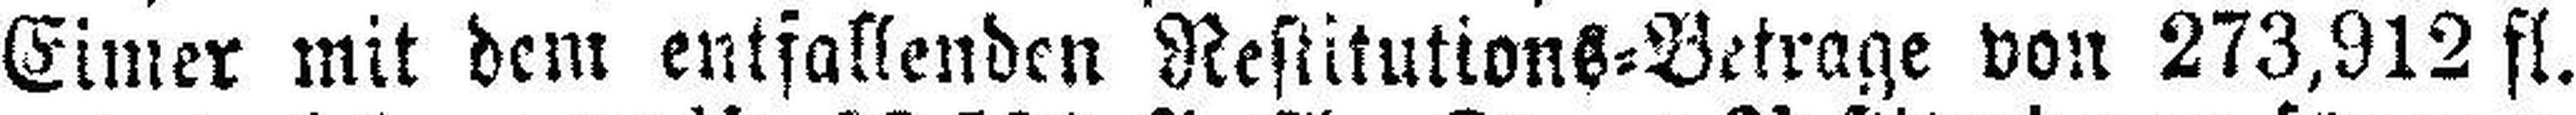
Eimer mit dem entfallenden Restitutions=Betrage von 273,912 fl.